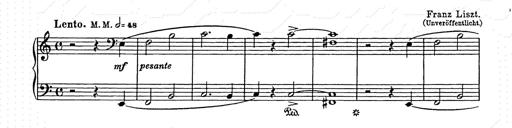
Title: Unstern!
Composer: Franz Liszt